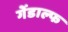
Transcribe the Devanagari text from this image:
गेंडाल्फ